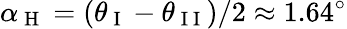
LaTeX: \alpha_{\mathrm{~H~}}=(\theta_{\mathrm{~I~}}-\theta_{\mathrm{~I~I~}})/2\approx 1.64^{\circ}